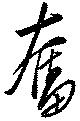
奮